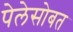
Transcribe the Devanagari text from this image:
पेलेसोबत